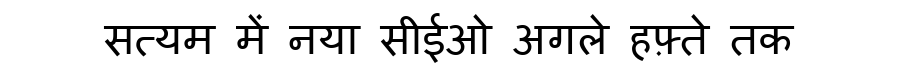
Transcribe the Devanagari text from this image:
सत्यम में नया सीईओ अगले हफ़्ते तक